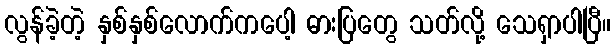
လွန်ခဲ့တဲ့ နှစ်နှစ်လောက်ကပေါ့ ဓားပြတွေ သတ်လို့ သေရှာပါပြီ။